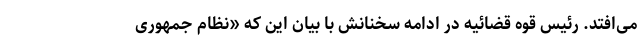
می‌افتد. رئیس قوه قضائیه در ادامه سخنانش با بیان این که «نظام جمهوری